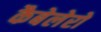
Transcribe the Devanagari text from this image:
कैबेलेरो